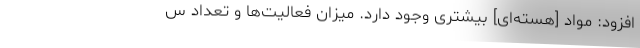
افزود: مواد [هسته‌ای] بیشتری وجود دارد. میزان فعالیت‌ها و تعداد س